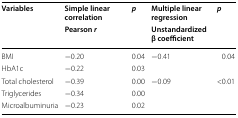
| <ROWSPAN=2> Variables | Simple linear correlation | <ROWSPAN=2> p | Multiple linear regression | <ROWSPAN=2> p |
 | Pearson r | Unstandardized β coefficient |
 | --- | --- | --- | --- | --- |
 | BMI | −0.20 | 0.04 | −0.41 | 0.04 |
 | HbA1c | −0.22 | 0.03 |  |  |
 | Total cholesterol | −0.39 | 0.00 | −0.09 | <0.01 |
 | Triglycerides | −0.34 | 0.00 |  |  |
 | Microalbuminuria | −0.23 | 0.02 |  |  |